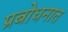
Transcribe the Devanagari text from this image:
प्रबोधनात